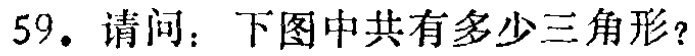
59. 请问：下图中共有多少三角形？